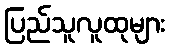
ပြည်သူလူထုများ